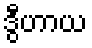
ဒွီဟာယ